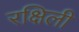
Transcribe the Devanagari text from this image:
रक्षिली